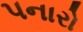
પનારો